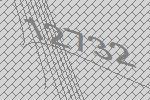
12732